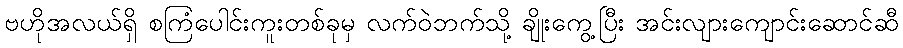
ဗဟိုအလယ်ရှိ စကြံပေါင်းကူးတစ်ခုမှ လက်ဝဲဘက်သို့ ချိုးကွေ့ပြီး အင်းလျားကျောင်းဆောင်ဆီ